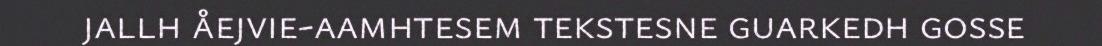
jallh åejvie-aamhtesem tekstesne guarkedh gosse